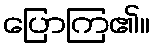
ပြောကြ၏။